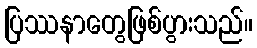
ပြဿနာတွေဖြစ်ပွားသည်။